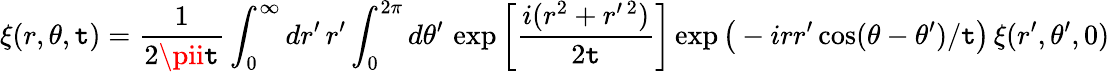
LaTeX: \xi(r,\theta,\mathtt{t})=\frac{{1}}{{2\pii\mathtt{t}}}\int_{0}^{\infty}dr^{\prime}\, r^{\prime}\int_{0}^{2\pi}d\theta^{\prime}\, \exp\bigg[\frac{{i(r^{2}+r^{\prime\, 2})}}{{2\mathtt{t}}}\bigg]\exp\big(-irr^{\prime}\cos(\theta-\theta^{\prime})/\mathtt{t}\big)\, \xi(r^{\prime},\theta^{\prime},0)